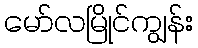
မော်လမြိုင်ကျွန်း